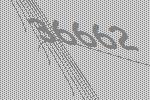
36662